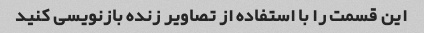
این قسمت را با استفاده از تصاویر زنده بازنویسی کنید